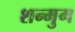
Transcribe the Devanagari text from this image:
शन्मुग